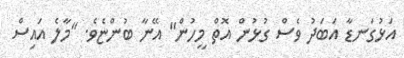
އަޅުގަނޑާ އަބަދު ވެސް ގުޅުން އޮތް މީހުން" އޭނާ ބުންޏެވެ. "މާލެ އައިސް